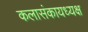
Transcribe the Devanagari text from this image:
कलासंकायध्यक्ष